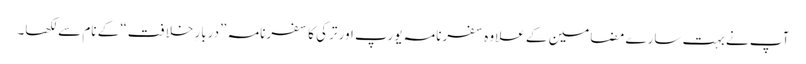
آپ نے بہت سارے مضامین کے علاوہ سفرنامہ یورپ اور ترکی کا سفرنامہ ”دربارِ خلافت“ کے نام سے لکھا۔